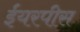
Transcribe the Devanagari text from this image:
ईयरपीस